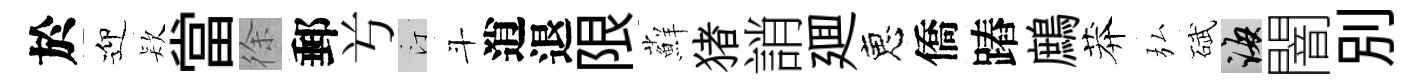
於迎𣣇當徐郵𠔃汀斗逍退限蘚猪誚廽恵僑蹖鷓莽弘碔誨闇别